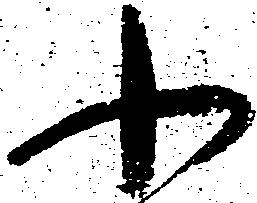
小